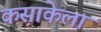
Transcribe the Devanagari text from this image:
कसाकेला